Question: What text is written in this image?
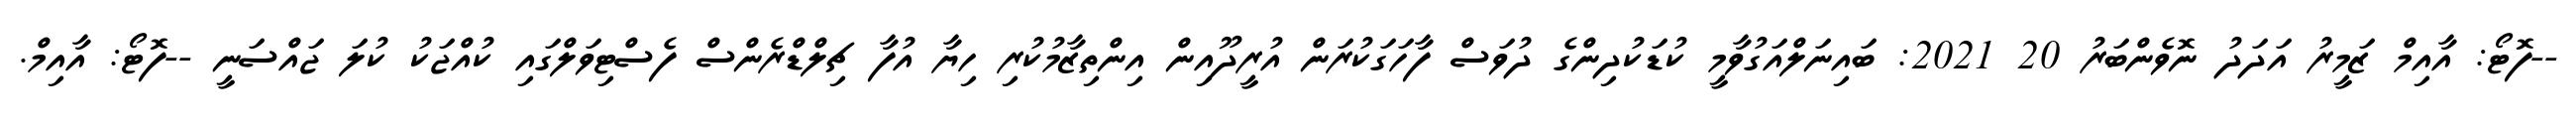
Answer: --ފޮޓޯ: އާއިމް ޒަމީރު އަދަދު ނޮވެންބަރު 20 2021: ބައިނަލްއަގުވާމީ ކުޑަކުދިންގެ ދުވަސް ފާހަގަކުރަން އުރީދޫއިން އިންތިޒާމުކުރި ހިޔާ އުފާ ޗިލްޑްރެންސް ފެސްޓިވަލްގައި ކުއްޖަކު ކުލަ ޖައްސަނީ --ފޮޓޯ: އާއިމް.